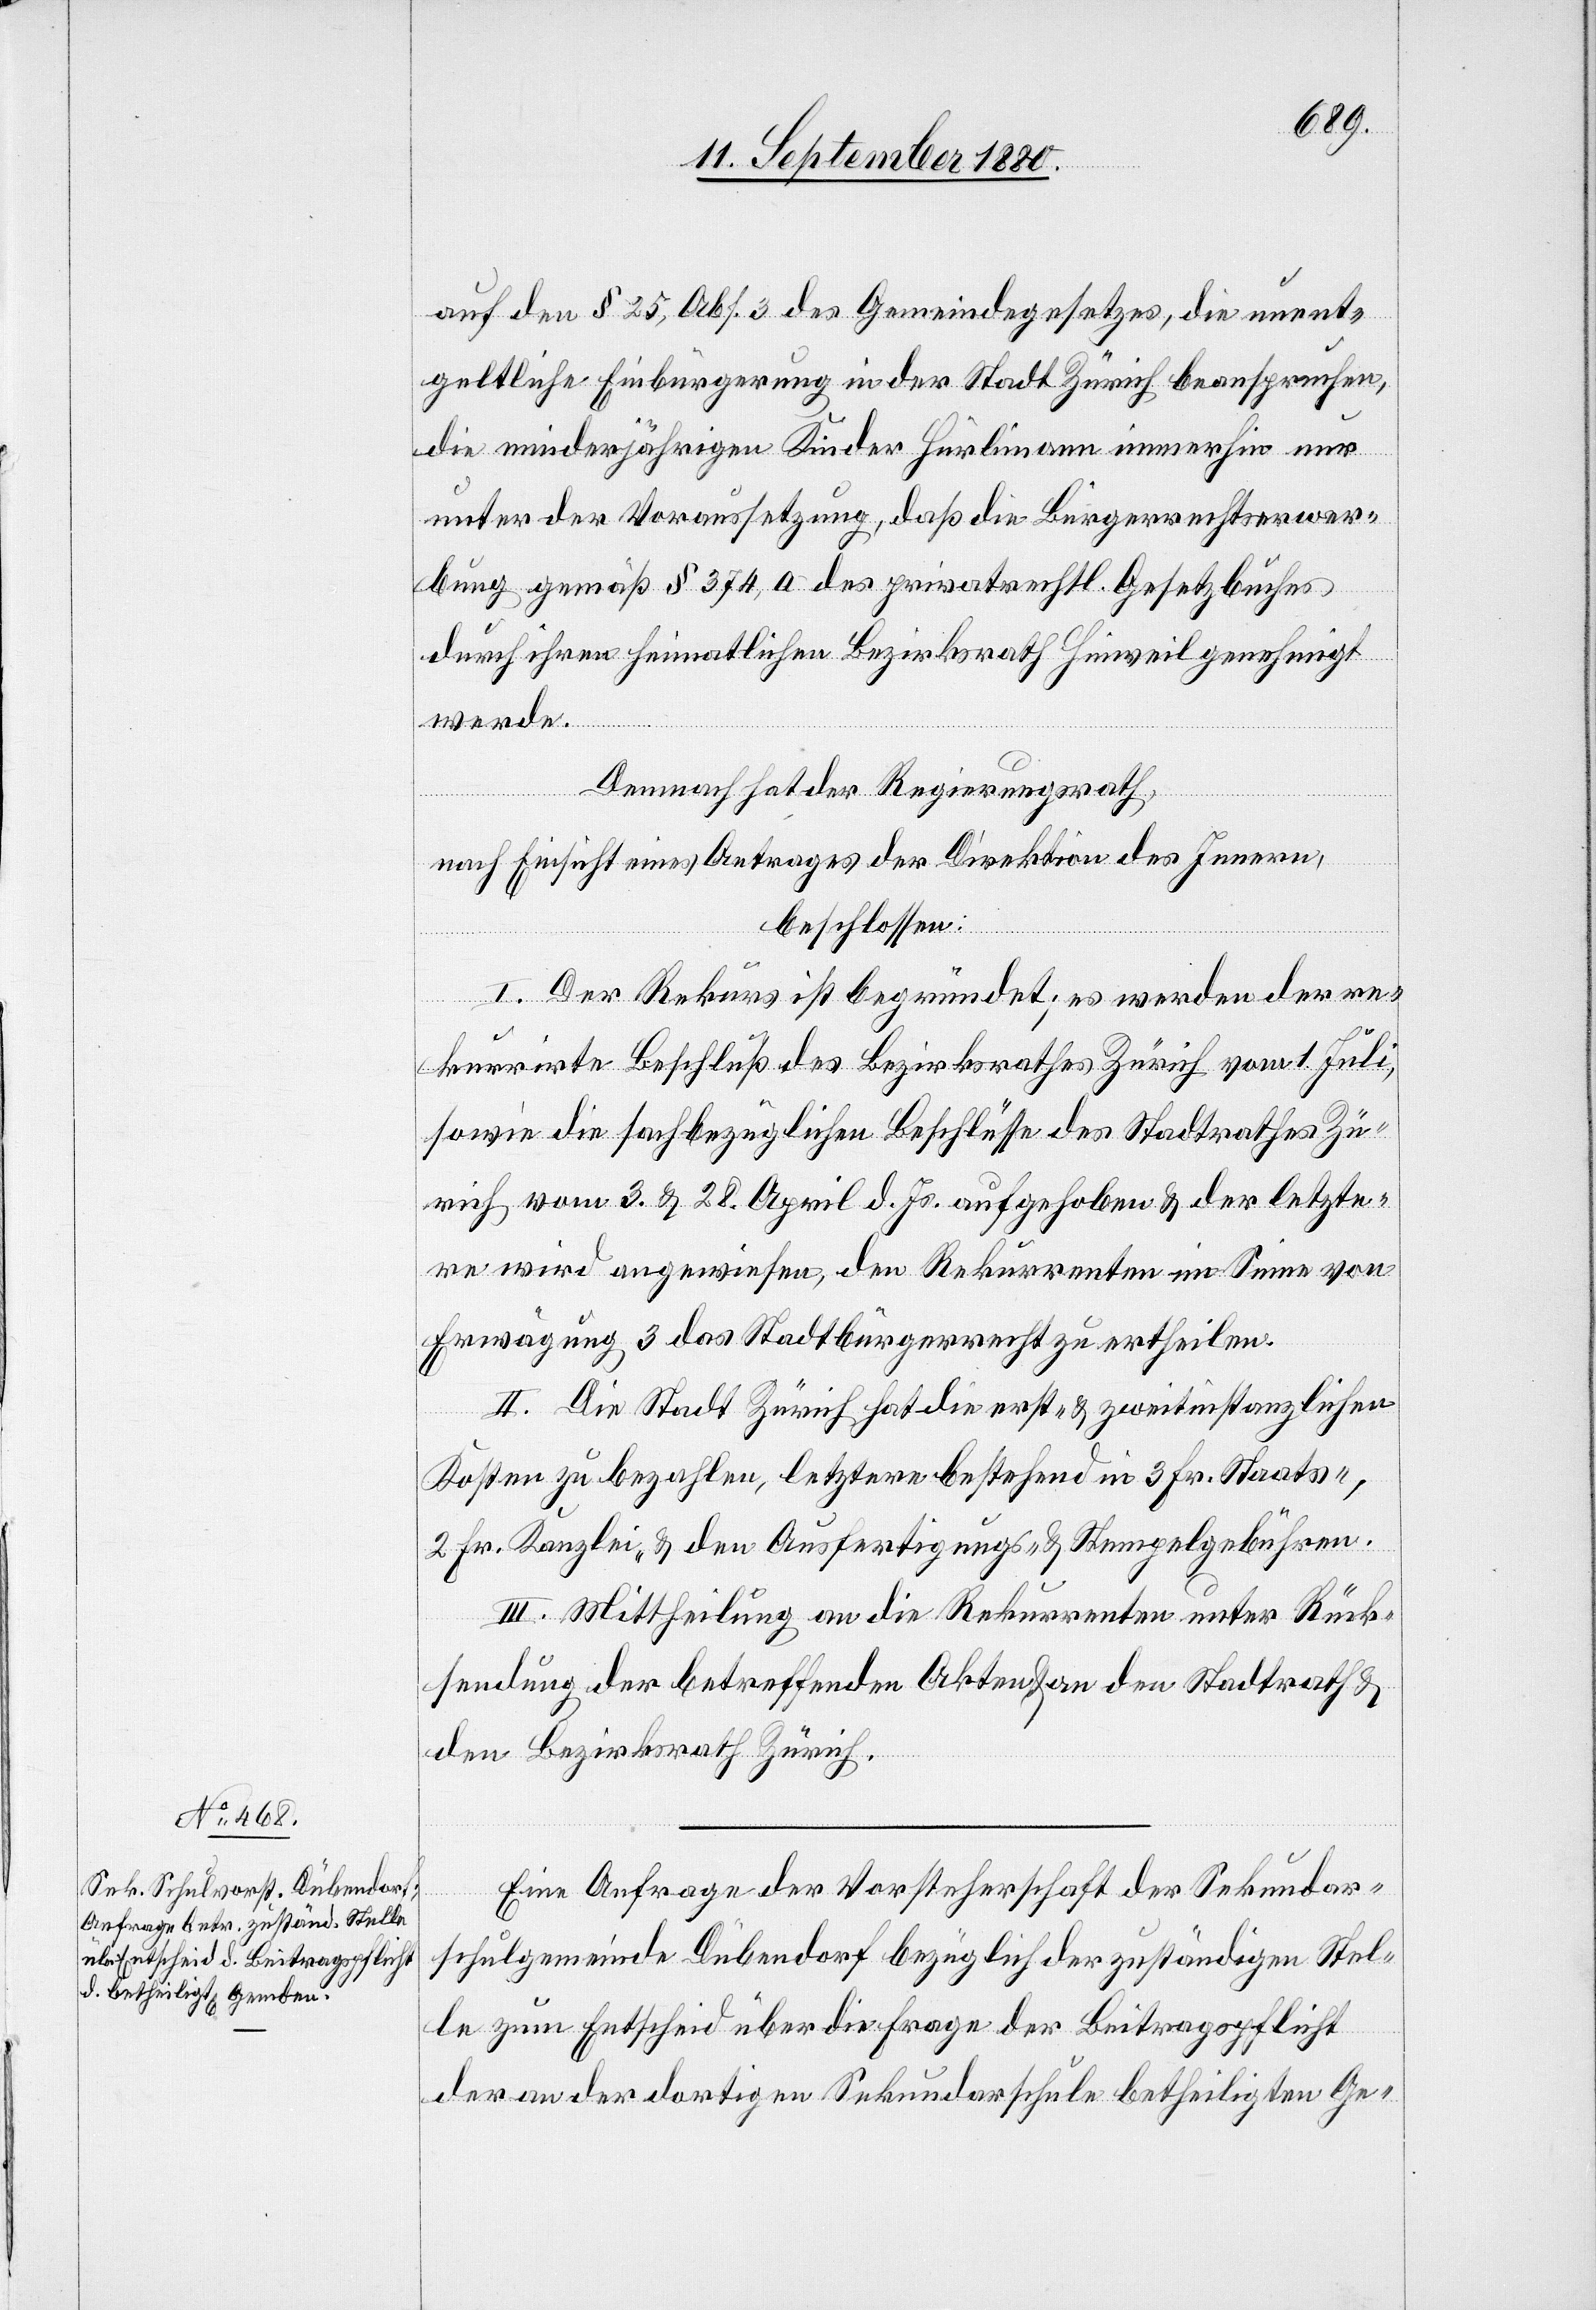
auf den § 25, Abs. 3 des Gemeindegesetzes, die unent¬
geltliche Einbürgerung in der Stadt Zürich beanspruchen,
die minderjährigen Kinder Hürlimann immerhin nur
unter der Voraussetzung, daß die Bürgerrechtserwer¬
bung gemäß § 374,a des privatrechtl. Gesetzbuches
durch ihren heimatlichen Bezirksrath Hinweil genehmigt
werde.
Demnach hat der Regierungsrath,
nach Einsicht eines Antrages der Direktion des Innern,
beschlossen:
I. Der Rekurs ist begründet; es werden der re¬
kurrirte Beschluß des Bezirksrathes Zürich vom 1. Juli
sowie die sachbezüglichen Beschlüsse des Stadtrathes Zü¬
rich vom 3. & 28. April d. Js. aufgehoben & der letzte¬
re wird angewiesen, den Rekurrenten im Sinne von
Erwägung 3 das Stadtbürgerrecht zu ertheilen.
II. Die Stadt Zürich hat die erst- & zweitinstanzlichen
Kosten zu bezahlen, letztere bestehend in 3 Fr. Staats-,
2 Fr. Kanzlei- & den Ausfertigungs- & Stempelgebühren.
III. Mittheilung an die Rekurrenten unter Rück¬
sendung der betreffenden Akten & an den Stadtrath &
den Bezirksrath Zürich.
Eine Anfrage der Vorsteherschaft der Sekundar¬
schulgemeinde Dübendorf bezüglich der zuständigen Stel¬
le zum Entscheid über die Frage der Beitragspflicht
der an der dortigen Sekundarschule betheiligten Ge-